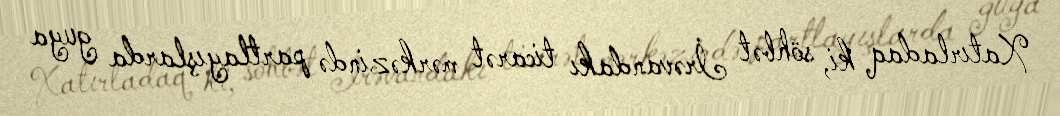
Xatırladaq ki, söhbət İrəvandakı ticarət mərkəzində partlayışlarda guya